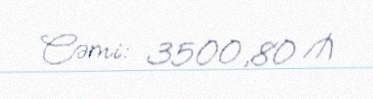
Cəmi: 3500,80 ₼